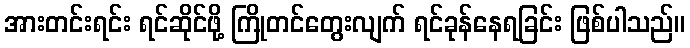
အားတင်းရင်း ရင်ဆိုင်ဖို့ ကြိုတင်တွေးလျက် ရင်ခုန်နေရခြင်း ဖြစ်ပါသည်။